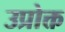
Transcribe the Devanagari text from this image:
उप्रोक्त